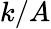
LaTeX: k/A